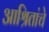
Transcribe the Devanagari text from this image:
आश्रितांचे